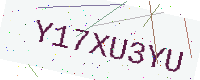
Text: Y17XU3YU